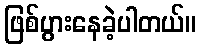
ဖြစ်ပွားနေခဲ့ပါတယ်။